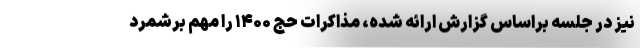
نیز در جلسه براساس گزارش ارائه شده، مذاکرات حج ۱۴۰۰ را مهم برشمرد